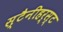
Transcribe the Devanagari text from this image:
स्टैनीहर्स्ट